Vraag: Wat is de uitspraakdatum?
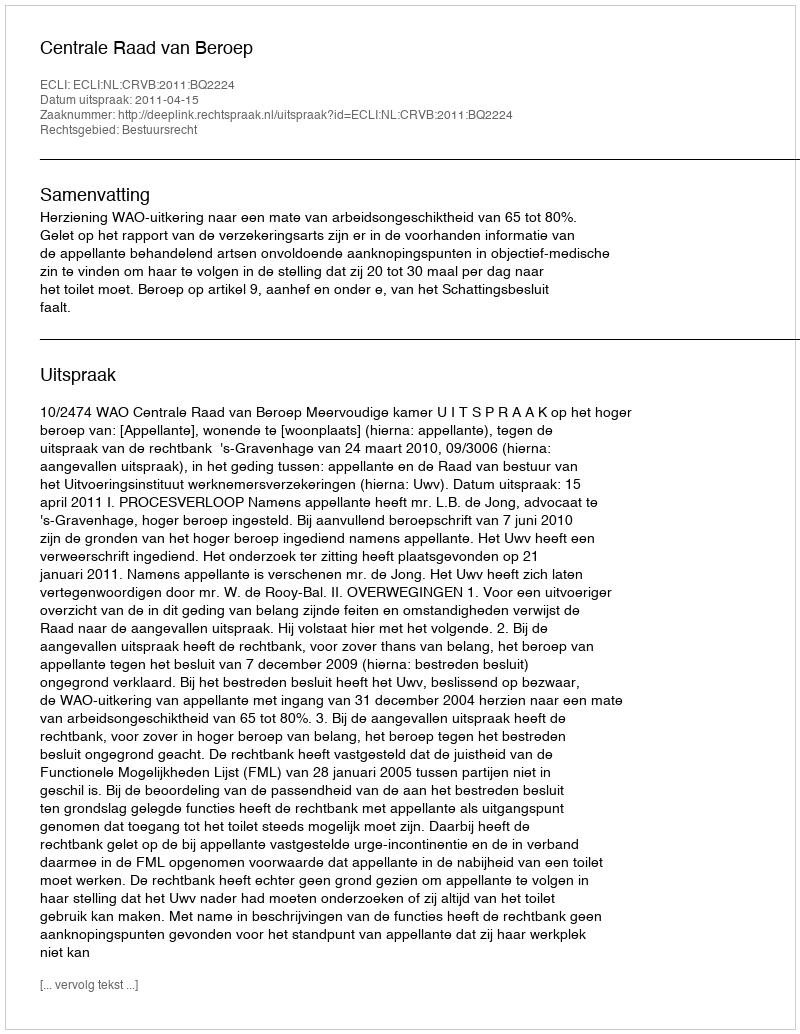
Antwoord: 2011-04-15